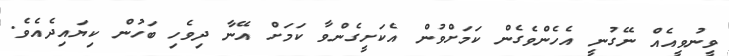
ވީނުވީއެއް ނޭގުނީ އެހެންވެގެން ކަމަށްވުން އެކަށީގެންވާ ކަމަށް އޭނާ ދިވެހި ބަހުން ކިޔައިދެއެވެ.